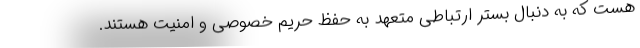
هست که به دنبال بستر ارتباطی متعهد به حفظ حریم خصوصی و امنیت هستند.